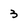
Character: 3